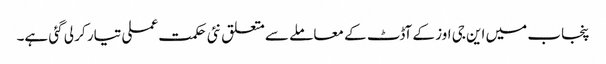
پنجاب میں این جی اوز کے آڈٹ کے معاملے سے متعلق نئی حکمت عملی تیار کر لی گئی ہے۔